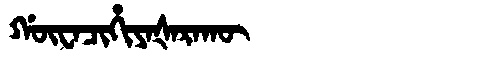
Manchu: ᡤᡡᠸᠠᠴᡳᡥᡳᠶᠠᡧᠠᡵᠠᡴᡡ
Romanization: GŪWACIHIYAŠARAKŪ